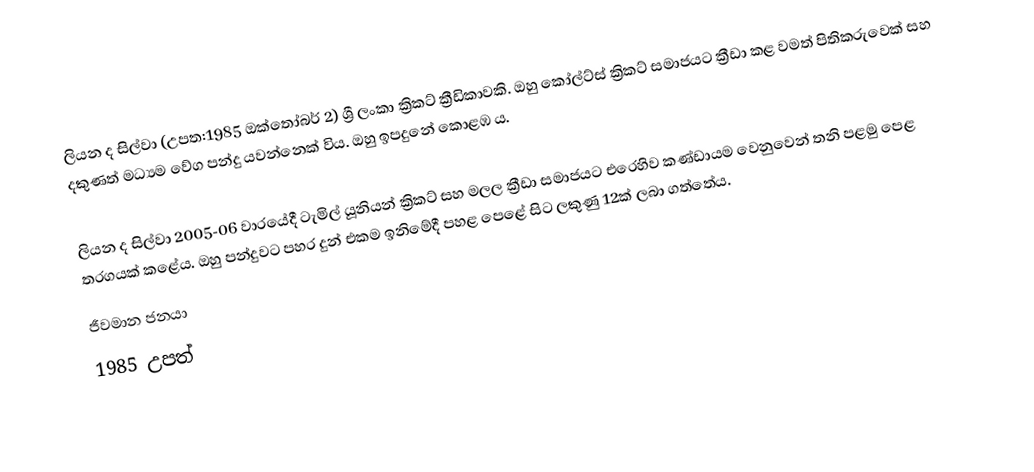
ලියන ද සිල්වා (උපත:1985 ඔක්තෝබර් 2) ශ්‍රී ලංකා ක්‍රිකට් ක්‍රීඩිකාවකි. ඔහු කෝල්ට්ස් ක්‍රිකට් සමාජයට ක්‍රීඩා කළ වමත් පිතිකරුවෙක් සහ දකුණත් මධ්‍යම වේග පන්දු යවන්නෙක් විය. ඔහු ඉපදුනේ කොළඹ ය.

ලියන ද සිල්වා 2005-06 වාරයේදී ටැමිල් යූනියන් ක්‍රිකට් සහ මලල ක්‍රීඩා සමාජයට එරෙහිව කණ්ඩායම වෙනුවෙන් තනි පළමු පෙළ තරගයක් කළේය. ඔහු පන්දුවට පහර දුන් එකම ඉනිමේදී පහළ පෙළේ සිට ලකුණු 12ක් ලබා ගත්තේය.
ජීවමාන ජනයා
1985 උපත්